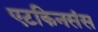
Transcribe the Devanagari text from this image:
एटकिनसंस